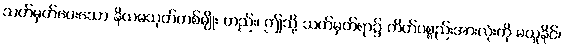
သတ်မှတ်ပေးသော နိယမသုတ်တစ်မျိုး တည်း၊ ဤသို့ သတ်မှတ်ရာ၌ ကိတ်ပစ္စည်းအားလုံးကို မယူနိုင်၊